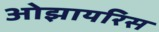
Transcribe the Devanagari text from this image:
ओझायरिस